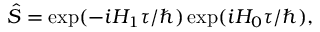
\begin{array} { r } { \hat { S } = \exp ( { - i { H _ { 1 } } \tau / \hbar } ) \exp ( { i H _ { 0 } \tau / \hbar } ) , } \end{array}